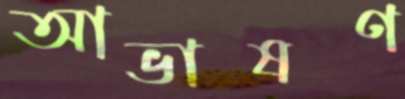
আভাষণ